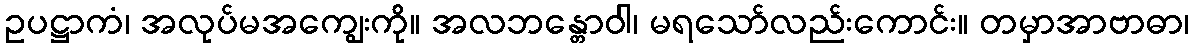
ဥပဋ္ဌာကံ၊ အလုပ်မအကျွေးကို။ အလဘန္တောဝါ၊ မရသော်လည်းကောင်း။ တမှာအာဗာဓာ၊